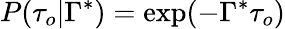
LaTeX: P(\tau_{o}\vert\Gamma^{*})=\exp(-\Gamma^{*}\tau_{o})